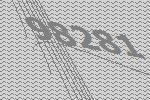
98281